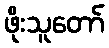
ဖိုးသူတော်